Bombay plague: being a history of the progress of plague in the Bombay presidency from September 1896 to June 1899
Year: 1896
Disease focus: Plague
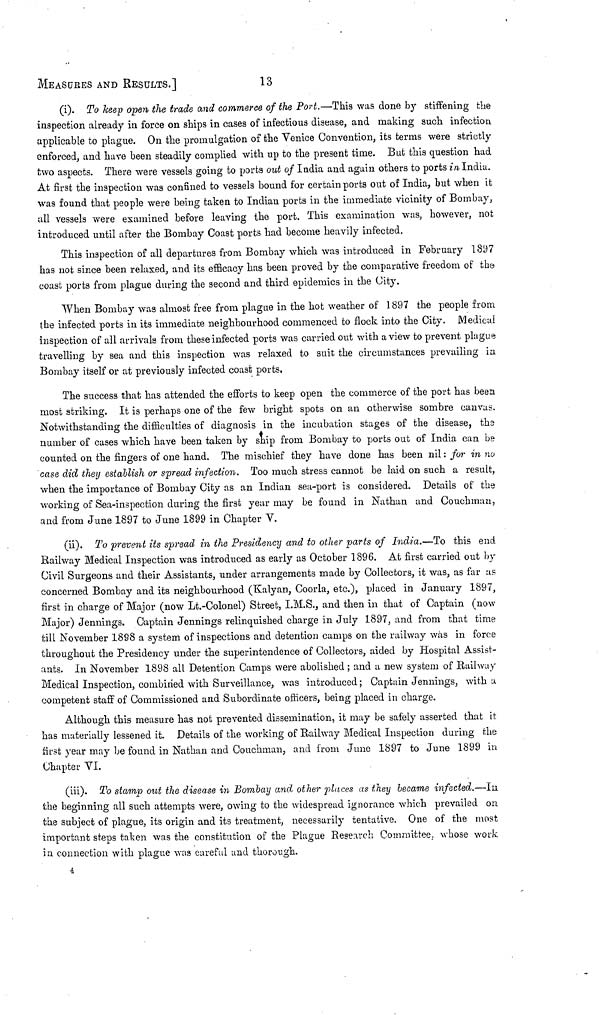
MEASURES AND RESULTS.]
13
(i). To keep open the trade and commerce of the Port.—This was done by stiffening the
inspection already in force on ships in cases of infectious disease, and making such infection
applicable to plague. On the promulgation of the Venice Convention, its terms were strictly
enforced, and have been steadily complied with up to the present time. But this question had
two aspects. There were vessels going to ports out of India and again others to ports in India.
At first the inspection was confined to vessels bound for certain ports out of India, but when it
was found that people were being taken to Indian ports in the immediate vicinity of Bombay,
all vessels were examined before leaving the port. This examination was, however, not
introduced until after the Bombay Coast ports had become heavily infected.
This inspection of all departures from Bomhay which was introduced in February 1897
has not since been relaxed, and its efficacy has been proved by the comparative freedom of the
coast ports from plague during the second and third epidemics in the City.
When Bombay was almost free from plague in the hot weather of 1897 the people from
the infected ports in its immediate neighbourhood commenced to flock into the City. Medical
inspection of all arrivals from these infected ports was carried out with a view to prevent plague
travelling by sea and this inspection was relaxed to suit the circumstances prevailing in
Bombay itself or at previously infected coast ports.
The success that has attended the efforts to keep open the commerce of the port has been
most striking. It is perhaps one of the few bright spots on an otherwise sombre canvas.
Notwithstanding the difficulties of diagnosis in the incubation stages of the disease, the
number of cases which have been taken by ship from Bombay to ports out of India can be
counted on the fingers of one hand. The mischief they have done has been nil : for in no
case did they establish or spread infection. Too much stress cannot be laid on such a result,
when the importance of Bombay City as an Indian sea-port is considered. Details of the
working of Sea-inspection during the first year may be found in Nathan and Couchman,
and from June 1897 to June 1899 in Chapter V.
(ii). To prevent its spread in the Presidency and to other parts of India.—To this end
Railway Medical Inspection was introduced as early as October 1896. At first carried out by
Civil Surgeons and their Assistants, under arrangements made by Collectors, it was, as far as
concerned Bombay and its neighbourhood (Kalyan, Coorla, etc.), placed in January 1897,
first in charge of Major (now Lt.-Colonel) Street, I.M.S., and then in that of Captain (now
Major) Jennings. Captain Jennings relinquished charge in July 1897, and from that time
till November 1898 a system of inspections and detention camps on the railway was in force
throughout the Presidency under the superintendence of Collectors, aided by Hospital Assist-
ants. In November 1898 all Detention Camps were abolished ; and a new system of Railway
Medical Inspection, combined with Surveillance, was introduced ; Captain Jennings, with u
competent staff of Commissioned and Subordinate officers, being placed in charge.
Although this measure has not prevented dissemination, it may be safely asserted that it
has materially lessened it. Details of the working of Railway Medical Inspection during the
first year may be found in Nathan and Couchman, and from June 1897 to June 1899 in
Chapter VI.
(iii). To stamp out the disease in Bombay and other places as they became infected.—la
the beginning all such attempts were, owing to the widespread ignorance which prevailed on
the subject of plague, its origin and its treatment, necessarily tentative. One of the most
important steps taken was the constitution of the Plague Research Committee, whose work
in connection with plague was careful und thorough.